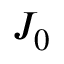
J _ { 0 }